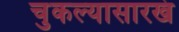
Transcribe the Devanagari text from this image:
चुकल्यासारखं